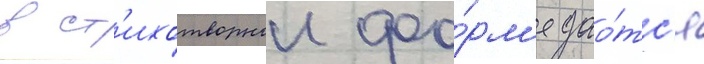
в ст'ихотворнои фо́рм'е дао́тс'я